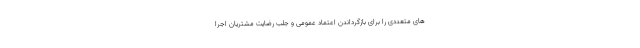
های متعددی را برای بازگرداندن اعتماد عمومی و جلب رضايت مشتريان اجرا